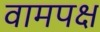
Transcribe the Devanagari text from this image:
वामपक्ष